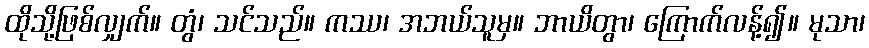
ထိုသို့ဖြစ်လျှက်။ တွံ၊ သင်သည်။ ကဿ၊ အဘယ်သူမှ။ ဘာယိတွာ၊ ကြောက်လန့်၍။ မုသာ၊